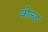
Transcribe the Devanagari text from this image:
वोल्ड